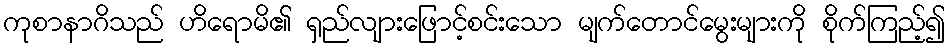
ကုစာနာဂိသည် ဟိရောမိ၏ ရှည်လျားဖြောင့်စင်းသော မျက်တောင်မွေးများကို စိုက်ကြည့်၍